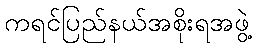
ကရင်ပြည်နယ်အစိုးရအဖွဲ့